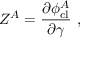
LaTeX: Z ^ { A } = \frac { \partial \phi _ { \mathrm { c l } } ^ { A } } { \partial \gamma } \ ,